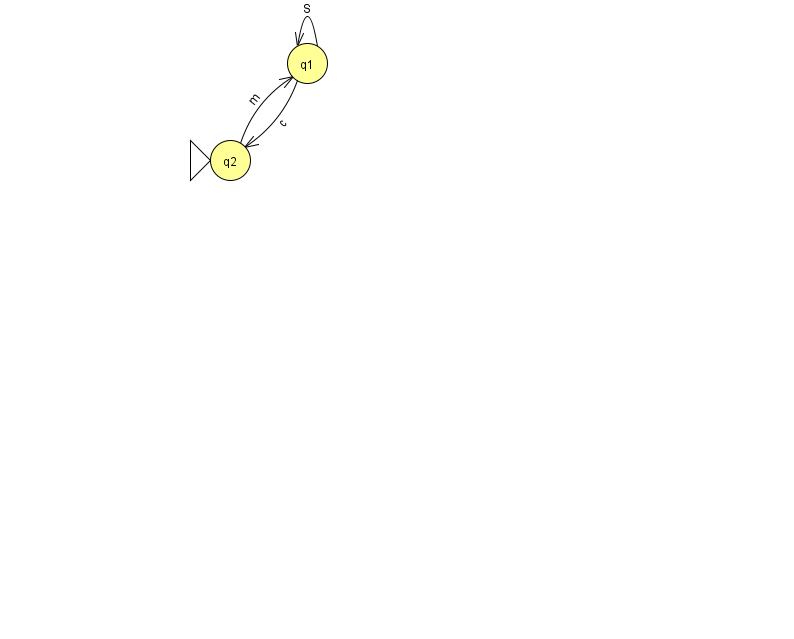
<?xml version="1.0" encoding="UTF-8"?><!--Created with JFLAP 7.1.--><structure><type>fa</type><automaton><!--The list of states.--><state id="1" name="q1"><x>307.0</x><y>50.0</y></state><state id="2" name="q2"><x>230.0</x><y>147.0</y><initial/></state><!--The list of transitions.--><transition><from>1</from><to>1</to><read>S</read></transition><transition><from>2</from><to>1</to><read>m</read></transition><transition><from>1</from><to>2</to><read>c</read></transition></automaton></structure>